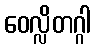
ဝေလ္လိတဂ္ဂါ